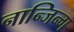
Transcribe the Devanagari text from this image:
नान्जिन्ग